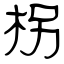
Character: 柺